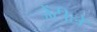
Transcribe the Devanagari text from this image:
जेंटीले